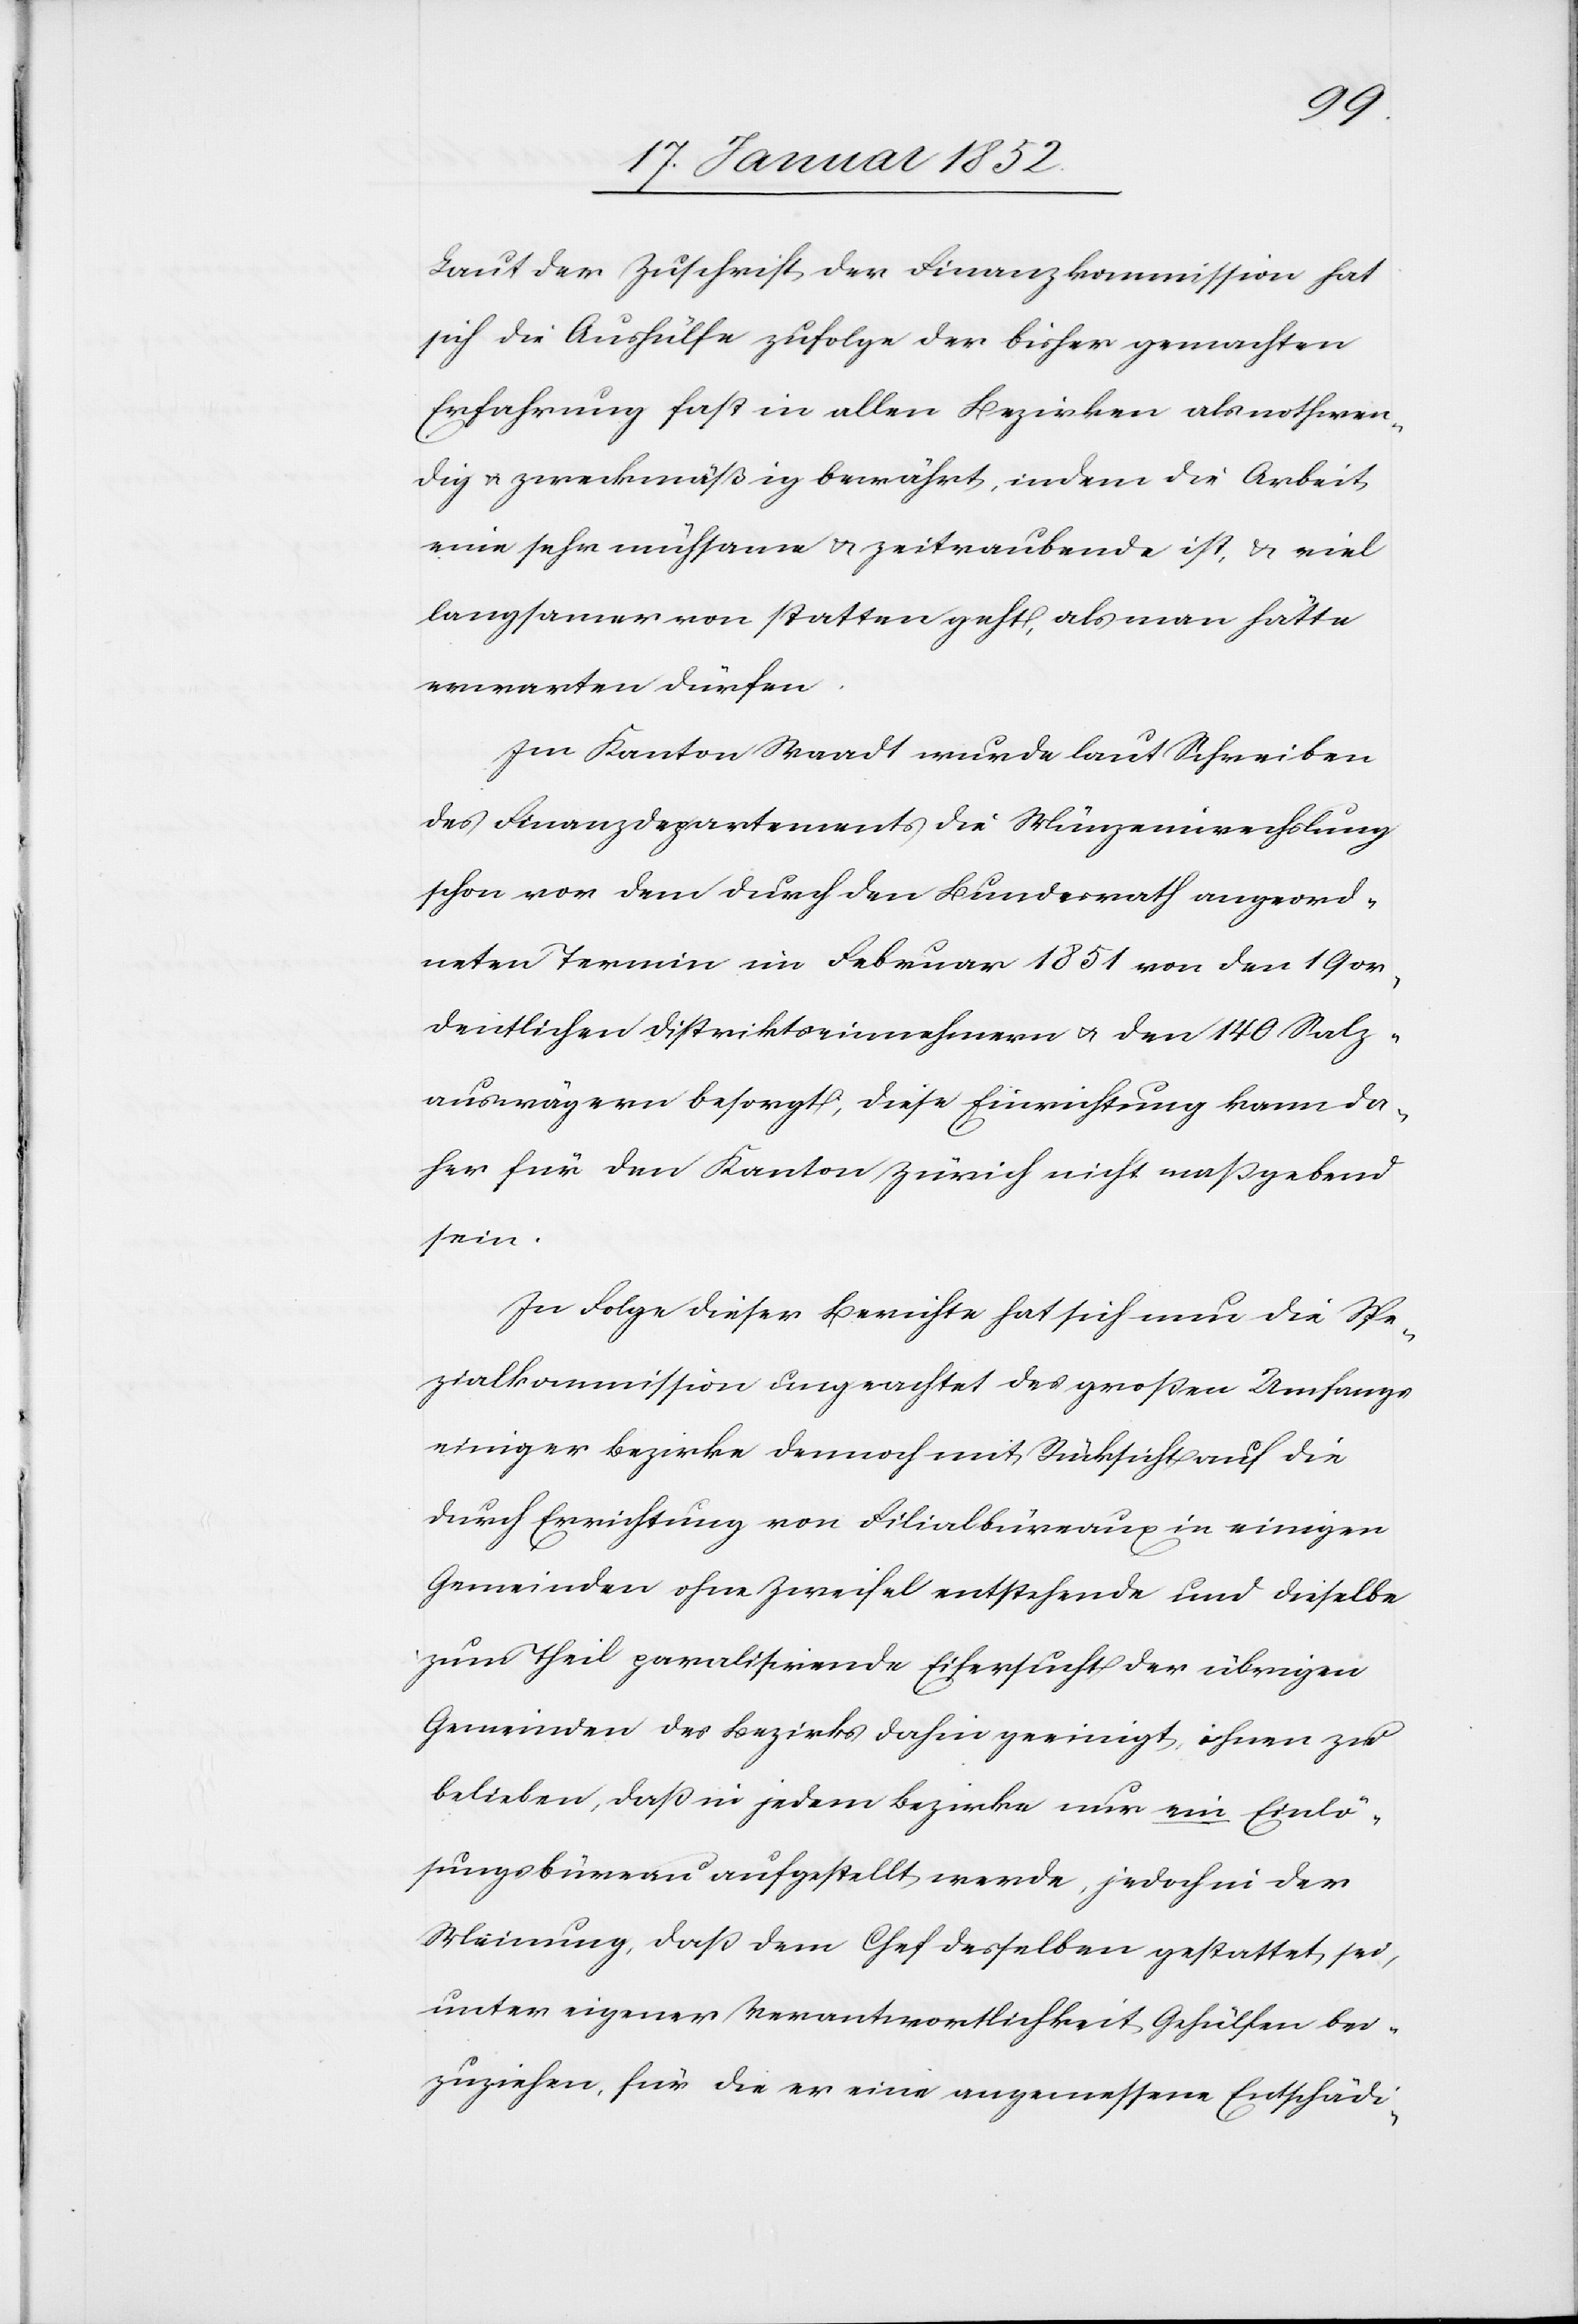
Laut der Zuschrift der Finanzkommission hat
sich die Aushülfe zufolge der bisher gemachten
Erfahrung fast in allen Bezirken als nothwen¬
dig u. zweckmäßig bewährt, indem die Arbeit
eine sehr mühsame u. zeitraubende ist, u. viel
langsamer von statten geht, als man hätte
erwarten dürfen.
Im Kanton Waadt wurde laut Schreiben
des Finanzdepartements die Münzeinwechslung
schon vor dem durch den Bundesrath angeord¬
neten Termin im Februar 1851 von den 19 or¬
dentlichen Distriktseinnehmern u. den 140 Salz¬
auswägern besorgt, diese Einwirkung kann da¬
her für den Kanton Zürich nicht maßgebend
sein.
In Folge dieser Berichte hat sich nun die Spe¬
zialkommission ungeachtet des großen Umfangs
einiger Bezirke dennoch mit Rücksicht auf die
durch Errichtung von Filialbüreaus in einigen
Gemeinden ohne Zweifel entstehende und dieselbe
zum Theil paralisierende Eifersucht der übrigen
Gemeinden des Bezirks geeinigt, ihnen zu
belieben, daß in jedem Bezirke nur ein Einlö¬
sungsbüreau aufgestellt werde, jedoch in der
Meinung, daß dem Chef desselben gestattet sei,
unter eigener Verantwortlichkeit Gehülfen bei¬
zuziehen, für die er eine angemessene Entschä-